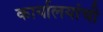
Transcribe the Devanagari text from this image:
कार्यालयांची